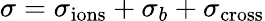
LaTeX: \sigma=\sigma_{\mathrm{ions}}+\sigma_{b}+\sigma_{\mathrm{cross}}